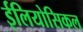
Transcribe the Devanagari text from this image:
ईलियोसिकल